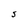
Character: S